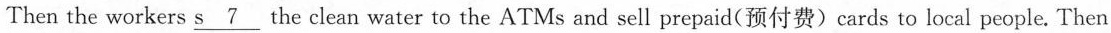
Then the workers \underline{s 7} the clean water to the ATMs and sell prepaid(预付费)cards to local people. Then